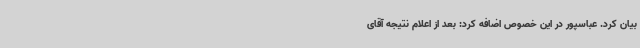
بیان کرد. عباسپور در این خصوص اضافه کرد: بعد از اعلام نتیجه آقای